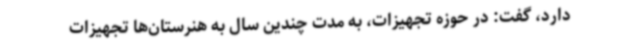
دارد، گفت: در حوزه تجهیزات، به مدت چندین سال به هنرستان‌ها تجهیزات